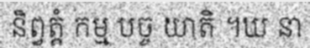
និព្វត្តំ កម្ម បច្ច យាតិ ។ឃ នា